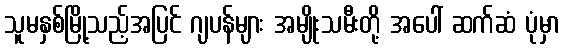
သူမနှစ်မြို့သည့်အပြင် ဂျပန်များ အမျိုးသမီးတို့ အပေါ် ဆက်ဆံ ပုံမှာ